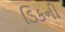
ડિકની